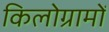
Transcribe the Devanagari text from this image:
किलोग्रामों